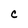
Character: C